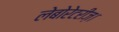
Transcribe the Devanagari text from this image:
लेबोरेटरीज़।